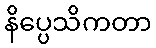
နိပ္ပေသိကတာ